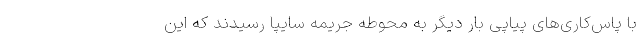
با پاس‌کاری‌های پیاپی بار دیگر به محوطه جریمه سایپا رسیدند که این